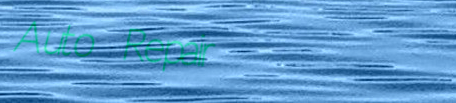
Auto Repair